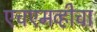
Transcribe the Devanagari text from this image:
एचएमव्हीचा